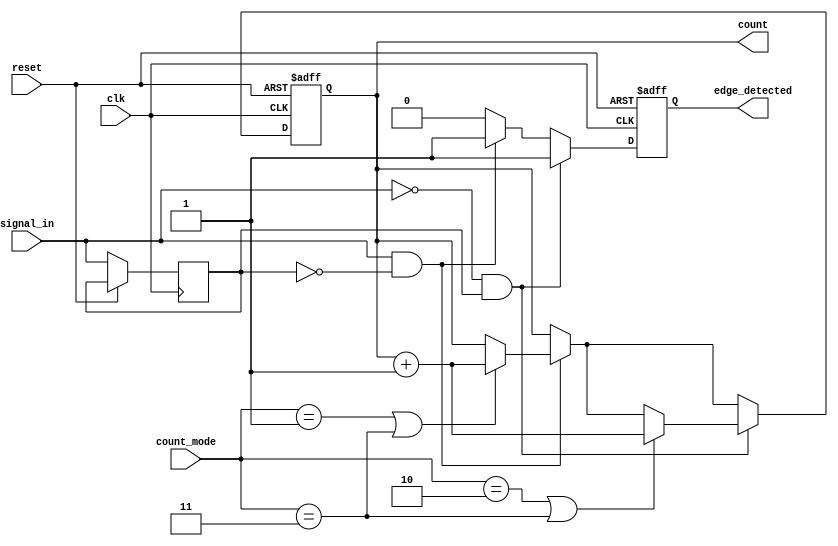
module edge_counter #(
    parameter COUNTER_WIDTH = 8 // Parameter to set the width of the counter (e.g., 8-bit, 16-bit)
)(
    input wire clk,               // Clock signal
    input wire reset,             // Asynchronous reset
    input wire signal_in,         // Input signal to monitor for edges
    input wire [1:0] count_mode,  // Control signal for counting mode
    output reg [COUNTER_WIDTH-1:0] count,      // Current count of detected edges
    output reg edge_detected      // Signal indicating that an edge has been detected
);

    // State register to hold the previous state of signal_in
    reg signal_in_prev;

    // Edge detection logic and counting process
    always @(posedge clk or posedge reset) begin
        if (reset) begin
            count <= 0;               // Reset count to zero
            edge_detected <= 0;       // Reset edge detected signal
        end
        else begin
            // Detect edges
            edge_detected <= 0; // Clear edge_detected signal by default

            // Rising edge detection
            if (signal_in && !signal_in_prev) begin
                if (count_mode == 2'b01 || count_mode == 2'b11) begin
                    count <= count + 1; // Increment count for rising edge
                end
                edge_detected <= 1; // Set edge detected signal
            end
            
            // Falling edge detection
            if (!signal_in && signal_in_prev) begin
                if (count_mode == 2'b10 || count_mode == 2'b11) begin
                    count <= count + 1; // Increment count for falling edge
                end
                edge_detected <= 1; // Set edge detected signal
            end
            
            // Update previous state
            signal_in_prev <= signal_in;
        end
    end

endmodule